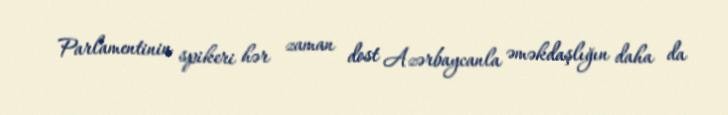
Parlamentinin spikeri hər zaman dost Azərbaycanla əməkdaşlığın daha da